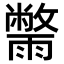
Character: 𮦮